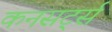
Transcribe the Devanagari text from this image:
कनसर्ट्स